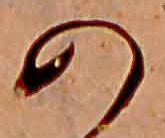
の